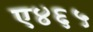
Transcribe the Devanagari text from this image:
ए४६५